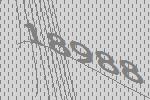
18988